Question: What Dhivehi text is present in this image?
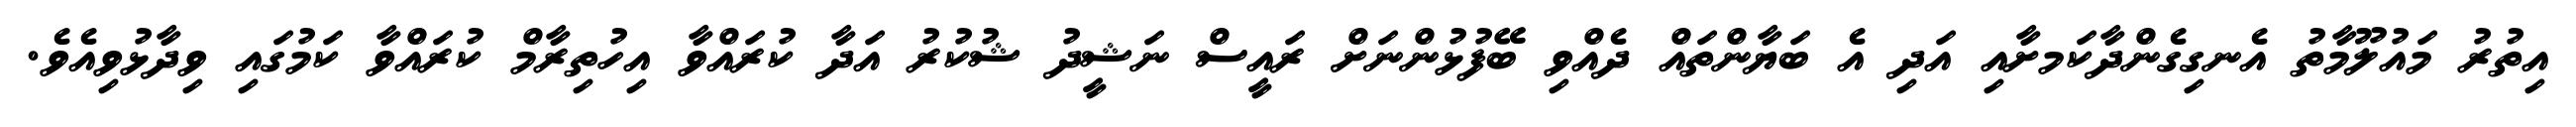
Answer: އިތުރު މައުލޫމާތު އެނގިގެންދާކަމށާއި އަދި އެ ބަޔާންތައް ދެއްވި ބޭފުޅުންނަށް ރައީސް ނަޝީދު ޝުކުރު އަދާ ކުރައްވާ އިހުތިރާމް ކުރައްވާ ކަމުގައި ވިދާޅުވިއެވެ.